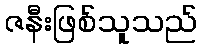
ဇနီးဖြစ်သူသည်